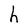
Character: h